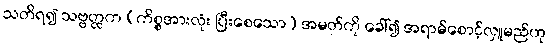
သတိရ၍ သဗ္ဗတ္ထက (ကိစ္စအားလုံး ပြီးစေသော) အမတ်ကို ခေါ်၍ အရာမ်စောင့်လှူမည်ဟု